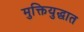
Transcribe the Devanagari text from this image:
मुक्तियुद्धात